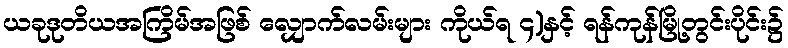
ယခုဒုတိယအကြိမ်အဖြစ် လျှောက်လမ်းများ ကိုယ်ရ ၄)နှင့် ရန်ကုန်မြို့တွင်းပိုင်း၌